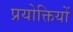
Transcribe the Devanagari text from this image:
प्रयोक्तियों